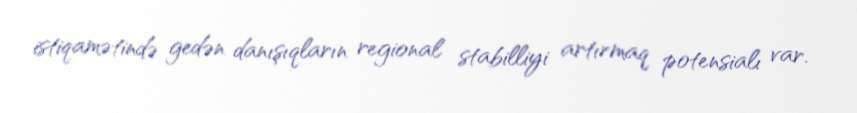
istiqamətində gedən danışıqların regional stabilliyi artırmaq potensialı var.